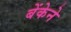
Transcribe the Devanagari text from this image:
बेंकेने